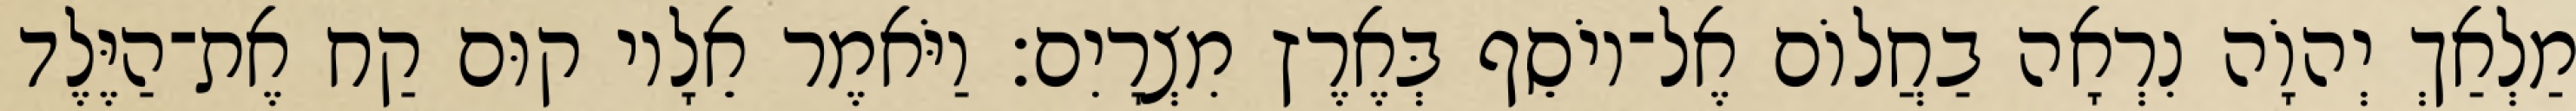
מַלְאַךְ יְהוָֹה נִרְאָה בַחֲלוֹם אֶל־יוֹסֵף בְּאֶרֶץ מִצְרָיִם׃ וַיֹּאמֶר אֵלָיו קוּם קַח אֶת־הַיֶּלֶד